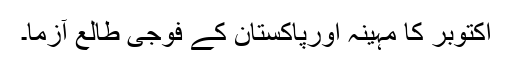
اکتوبر کا مہینہ اورپاکستان کے فوجی طالع آزما۔